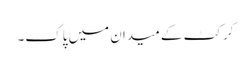
کرکٹ کے میدان میں پاک۔